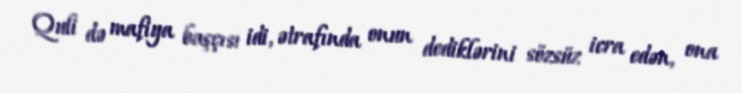
Quli də mafiya başçısı idi, ətrafında onun dediklərini sözsüz icra edən, ona